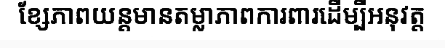
ខ្សែភាពយន្តមានតម្លាភាពការពារដើម្បីអនុវត្ត